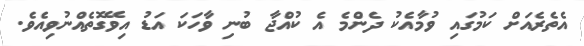
އެތެރެއަށް ކަމުގައި ވުމާއެކު ދެންމެ އެ ކުއްޖާ ބުނި ވާހަކަ އަޑު އިވޭގޮތެއްނުވިއެވެ.